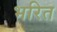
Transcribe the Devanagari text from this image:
भरित